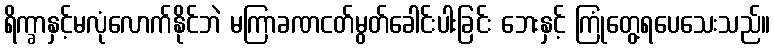
ရိက္ခာနှင့်မလုံလောက်နိုင်ဘဲ မကြာခဏငတ်မွတ်ခေါင်းပါးခြင်း ဘေးနှင့် ကြုံတွေ့ရပေသေးသည်။